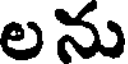
లను